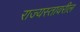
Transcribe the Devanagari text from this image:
राज्यस्तावरील